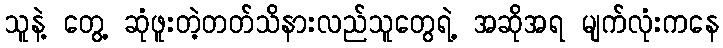
သူနဲ့ တွေ့ ဆုံဖူးတဲ့တတ်သိနားလည်သူတွေရဲ့ အဆိုအရ မျက်လုံးကနေ